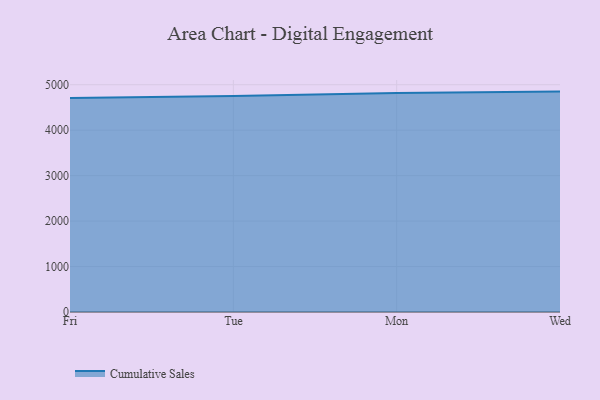
{"axis": {"x": "Day", "y": "Budget (USD K)"}, "legend": ["Cumulative Sales"], "data": [{"x": "Fri", "y": 4708.6, "type": "Cumulative Sales"}, {"x": "Tue", "y": 4753.5, "type": "Cumulative Sales"}, {"x": "Mon", "y": 4815.7, "type": "Cumulative Sales"}, {"x": "Wed", "y": 4848.9, "type": "Cumulative Sales"}]}